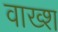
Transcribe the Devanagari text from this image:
वाख्श